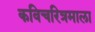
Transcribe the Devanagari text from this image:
कविचरित्रमाला